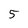
Character: 5